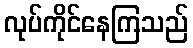
လုပ်ကိုင်နေကြသည်